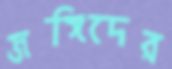
জঙ্গিদের